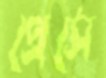
প্রেসে